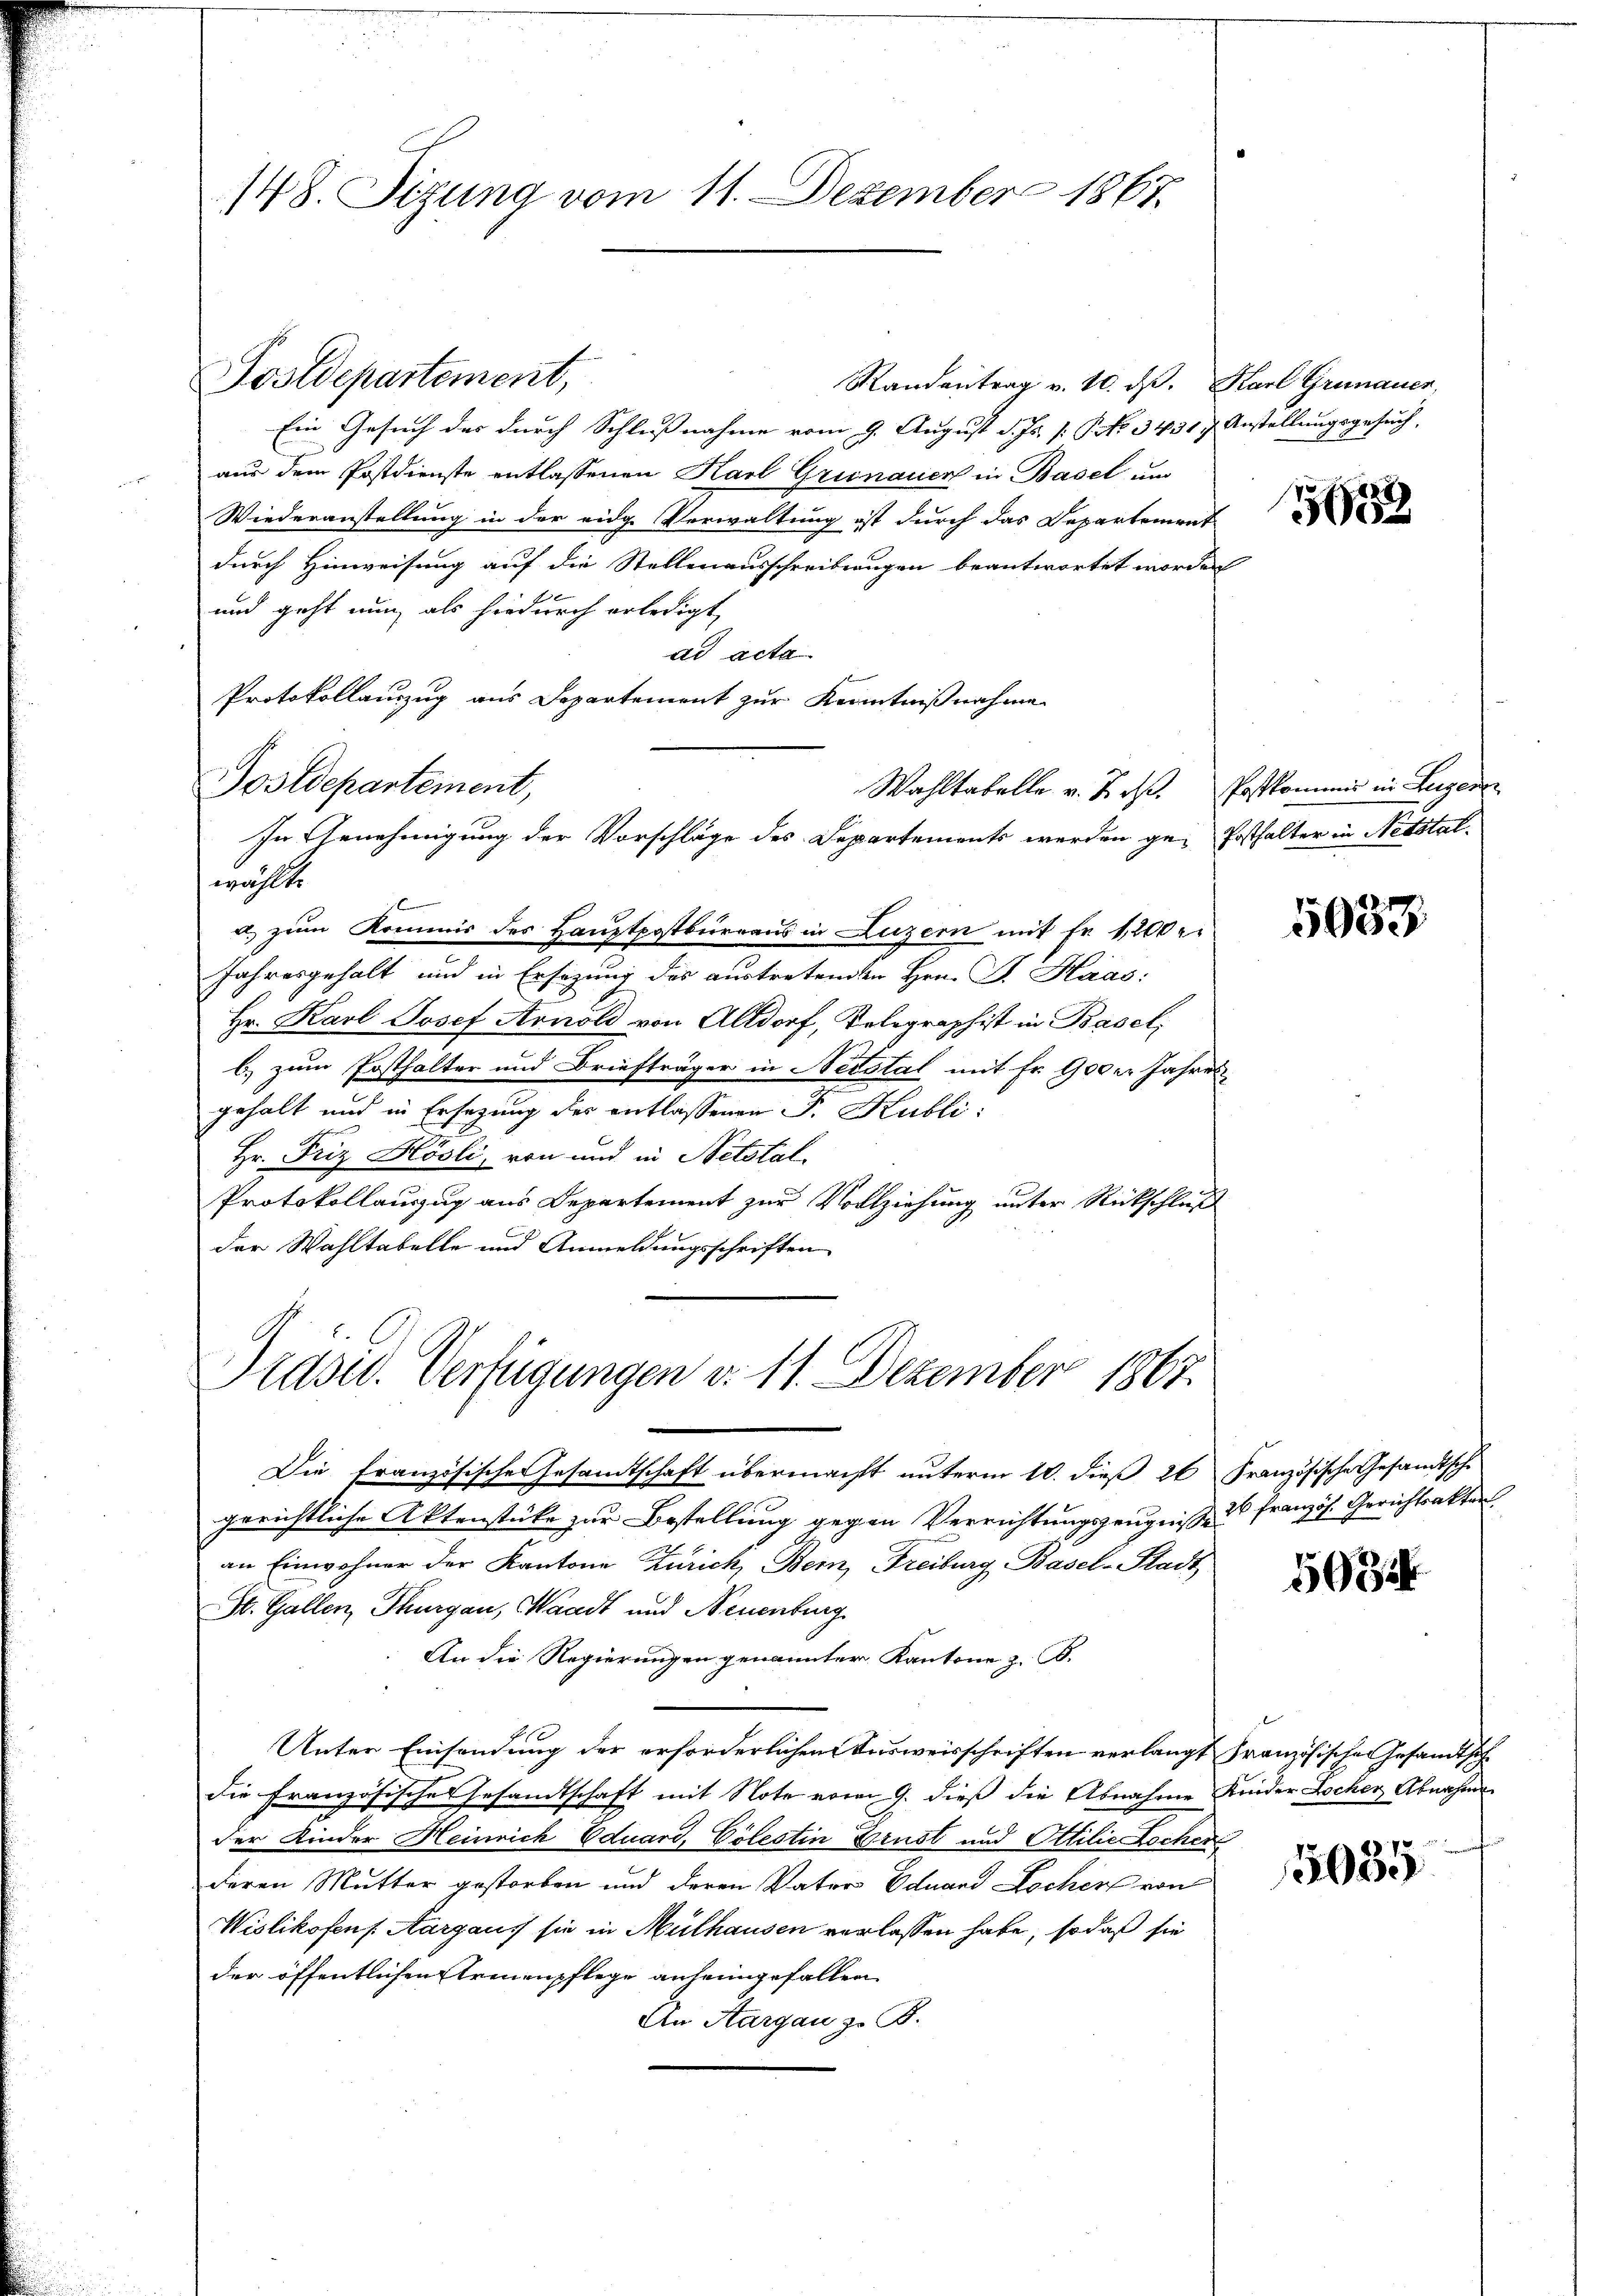
148. Sizung vom 11. Dezember 1867.

Postdepartement,
Randantrag v. 10. d. Karl Grünauer,
Ein Gesuch das durch Schlußnahme vom 9. August d. Js. [ Pct. 3431 f. Anstellungsgesuch,
aus dem Postdienste entlassenen Karl Grünauer in Basel und
Wiederanstellung in der eidge Verwaltung ist durch das Departement
durch Hinweisung auf die Stellenausschreibungen beantwortet worden
und geht nun, als hiedurch erledigt,
ad acta
Protokollauszug aus Departement zur Kenntnißnahme
Postdepartement,
Wahltabelle v. J. dß. Postkommis in Luzer
wählt.
a. zum Kommis des Hauptpostbüreaus in Luzern mit Fr. 1,200 er
Jahresgehalt und in Ersezung des austretenden Hrn. F. Haas:
Hr. Karl Josef Arnold von Altdorf, Telegraphist in Basel,
b) zum Posthalter und Briefträger in Nestal mit Fr. 900er Jahres
gehalt und in Ersezung des entlassenen J. Hubli:
Hr. Friz Blösli, von und in Netstal
Protokollauszug aus Departement zur Vollziehung unter Rückschluß
der Wahltabelle und Anmeldungsschriften

In Genehmigung der Vorschläge des Departements werden ge- Posthalter in Netstal

Präsid. Verfügungen d. 11. Dezember 1867.

Die Französische Gesamtschaft übermacht unterm 10. dieß 26 Französische Gesandtsche
gerichtliche Aktenstüke zur Bestellung gegen Verrichtungszeugnisse u französ. Gerichtsakter
an Einwohner der Kantone Zürich, Bern, Freiburg, Basel-Stadt,
St. Gallen, Thurgau, Waadt und Neuenburg
An die Regierungen genannter Kantone z. B.
Unter Einsendung der erforderlichen Ausweisschriften verlangt Französischen Gesandtsch
die Französische Gesandtschaft mit Note vom 9. dieß die Abnahme Kinder Locher Abnahmen
der Kinder Heinrich Eduard, Cölestin Brust und Ottilie Lochen
deren Mutter gestorben und deren Vater Eduard Locher von
Wislikofens Aargaus sie in Mülhausen verlassen habe, so daß sie
der öffentlichen Steinenpflege anheimgefallen
An Aargau z. B.

35

5033

5034

5035